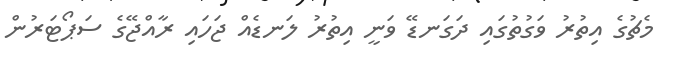
މެޗުގެ އިތުރު ވަގުތުގައި ދަގަނޑޭ ވަނީ އިތުރު ލަނޑެއް ޖަހައި ރާއްޖޭގެ ސަޕޯޓަރުން